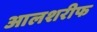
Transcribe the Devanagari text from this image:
आलशरीफ